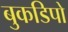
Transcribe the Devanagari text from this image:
बुकडिपो